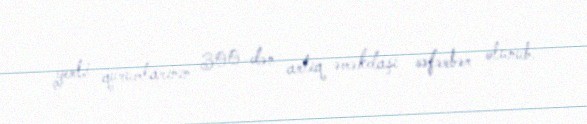
yerli qurumlarının 300-dən artıq əməkdaşı səfərbər olunub.